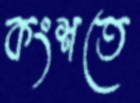
কংশতে